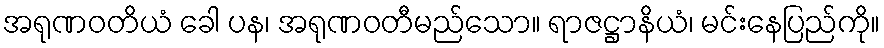
အရုဏဝတိယံ ခေါ ပန၊ အရုဏဝတီမည်သော။ ရာဇဋ္ဌာနိယံ၊ မင်းနေပြည်ကို။